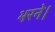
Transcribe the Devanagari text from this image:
भरने।